Vaccination in Bombay 1889-1901 - 1889-1901
Year: 1889
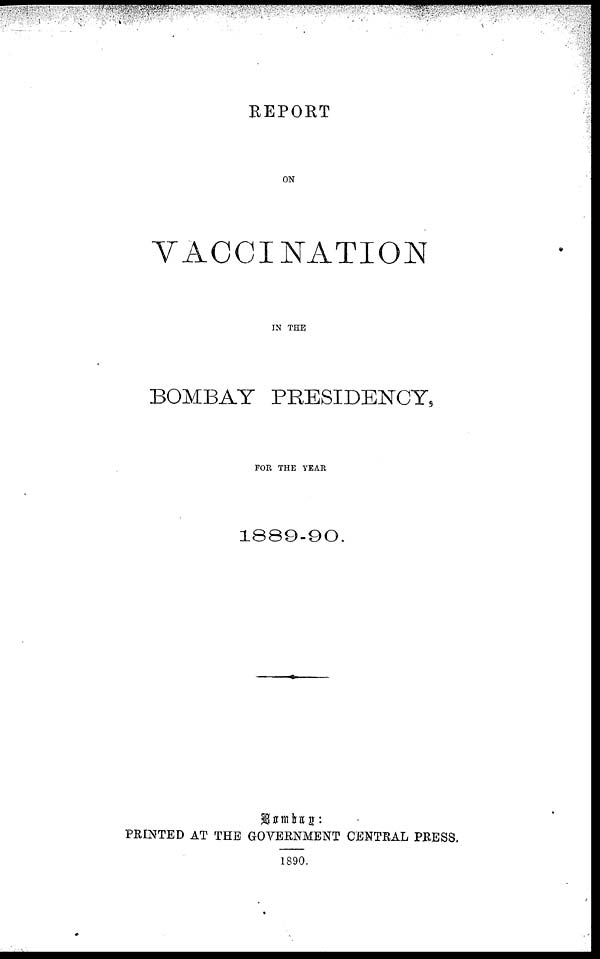
REPORT
ON
VACCINATION
IN THE
BOMBAY PRESIDENCY,
FOR THE YEAR
1889-90.
Bombay:
PRINTED AT THE GOVERNMENT CENTRAL PRESS.
1890.